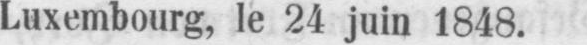
Luxembourg, le 24 juin 1848.